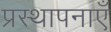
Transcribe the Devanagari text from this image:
प्रस्थापनाएँ